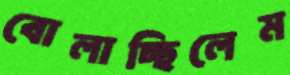
বোলাচ্ছিলেম